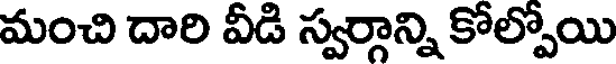
మంచి దారి వీడి స్వర్గాన్ని కోల్పోయి